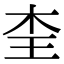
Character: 𭩜